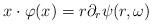
LaTeX: \begin{align*} x\cdot\varphi(x) = r\partial_r\psi(r, \omega) \end{align*}